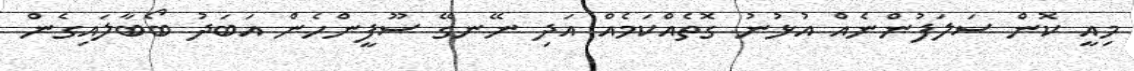
މިއީ ކޮން ސަލަފުންނެއް އުޅުނު ގޮތެއްކަމެއް އަދި ނޭނގޭ ސޫފީންހެން އަބަދު ބޯބާލައިގެން